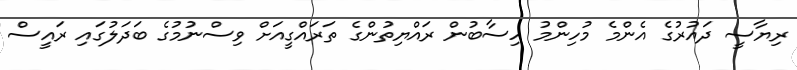
ރިޔާސީ ދައުރުގެ އެންމެ މުހިންމު ހިސާބުން ރައްޔިތުންގެ ތަރައްގީއަށް ވިސްނުމުގެ ބަދަލުގައި ރައީސް